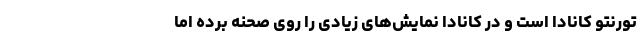
تورنتو کانادا است و در کانادا نمایش‌های زیادی را روی صحنه برده اما